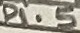
Text: P1.5